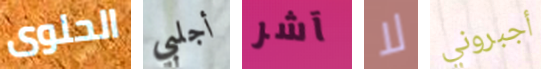
الحلوى أجلبي آشر لا أجبروني